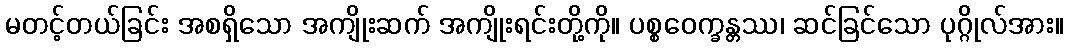
မတင့်တယ်ခြင်း အစရှိသော အကျိုးဆက် အကျိုးရင်းတို့ကို။ ပစ္စဝေက္ခန္တဿ၊ ဆင်ခြင်သော ပုဂ္ဂိုလ်အား။